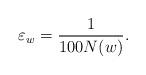
LaTeX: \begin{align*} \varepsilon_w=\frac{1} {100 N(w)}. \end{align*}